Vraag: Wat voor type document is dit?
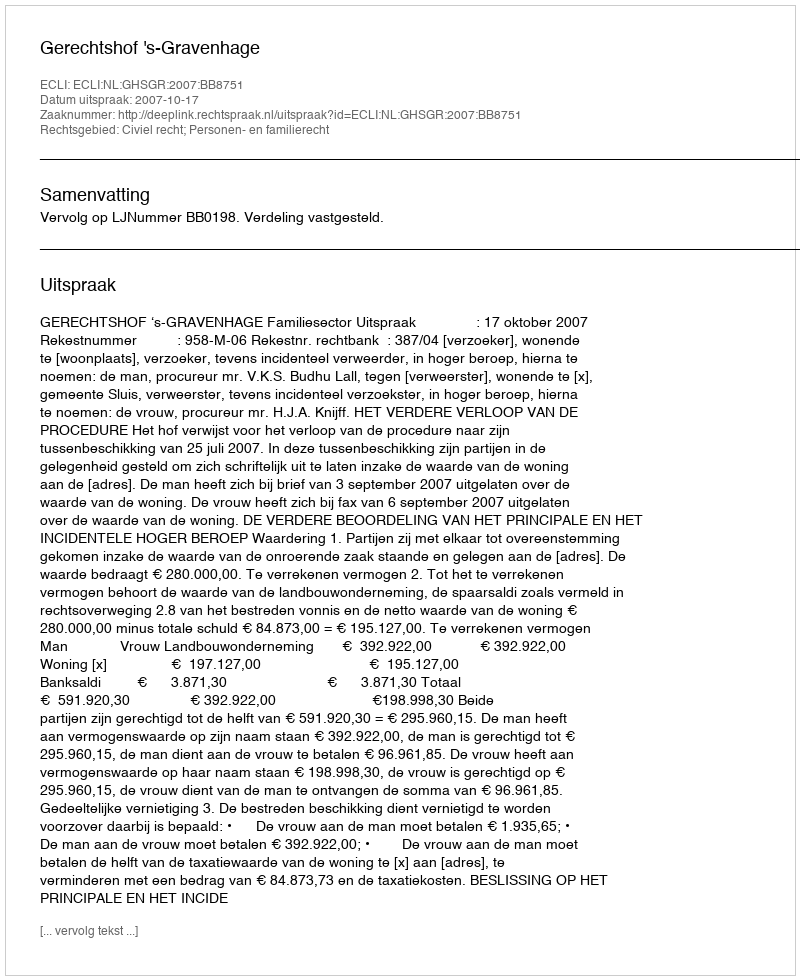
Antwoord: Uitspraak